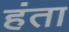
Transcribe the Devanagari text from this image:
हंता